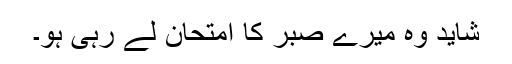
شاید وہ میرے صبر کا امتحان لے رہی ہو۔